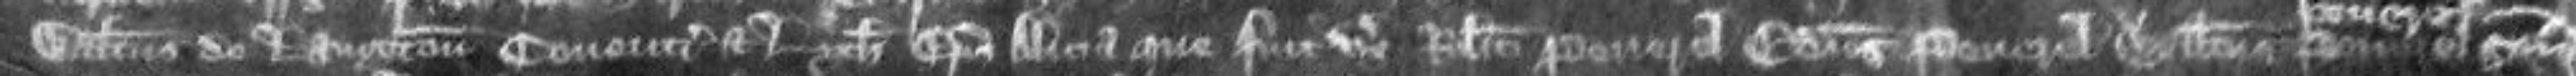
Walterus de Langton Coventrie et Lych episcopus Alicia que fuit uxor Roberti Peverel Edmundus Peverel Walterus Peverel senior